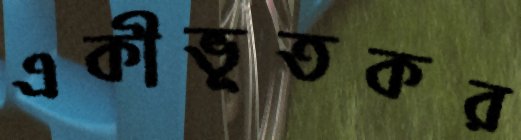
একীভূতকর